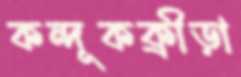
কন্দূকক্রীড়া